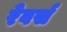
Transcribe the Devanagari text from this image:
रेवर्स